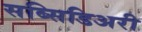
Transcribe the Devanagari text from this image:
सब्सिडिअरी